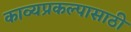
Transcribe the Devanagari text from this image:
काव्यप्रकल्पासाठी